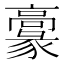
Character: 𩫞